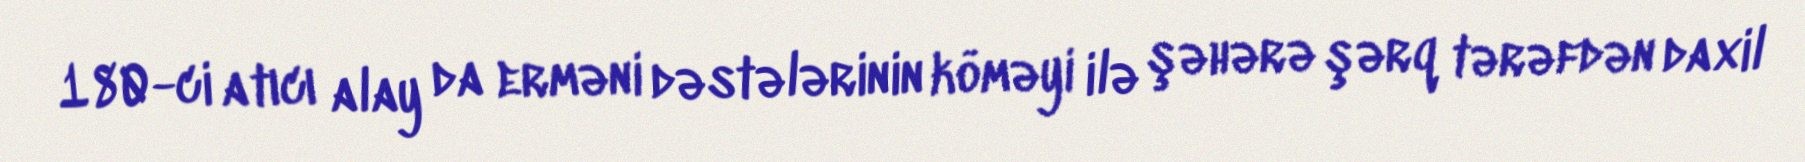
180-ci atıcı alay da erməni dəstələrinin köməyi ilə şəhərə şərq tərəfdən daxil